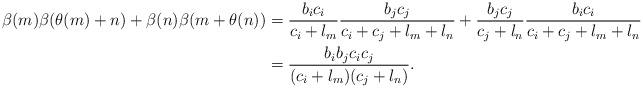
LaTeX: \begin{align*}\beta(m)\beta(\theta(m)+n)+\beta(n)\beta(m+\theta(n))&=\frac{b_ic_i}{c_i+l_m}\frac{b_jc_j}{c_i+c_j+l_m+l_n}+\frac{b_jc_j}{c_j+l_n}\frac{b_ic_i}{c_i+c_j+l_m+l_n}\\&=\frac{b_ib_jc_ic_j}{(c_i+l_m)(c_j+l_n)}.\end{align*}